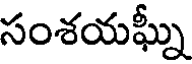
సంశయఘ్నీ